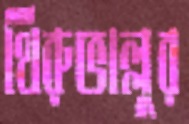
থিরুভাল্লুর